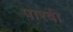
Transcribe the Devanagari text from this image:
पारवी